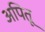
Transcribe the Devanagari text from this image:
अपितू